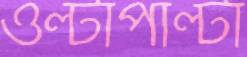
ওল্টাপাল্টা